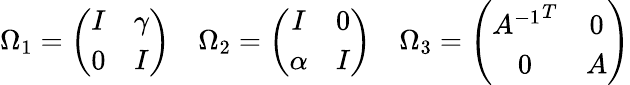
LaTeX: \Omega_{1}=\left(\begin{array}{cc}{{I}}&{{\gamma}}\\ {{0}}&{{I}}\end{array}\right)\quad\Omega_{2}=\left(\begin{array}{cc}{{I}}&{{0}}\\ {{\alpha}}&{{I}}\end{array}\right)\quad\Omega_{3}=\left(\begin{array}{cc}{{{A^{-1}}^{T}}}&{{0}}\\ {{0}}&{{A}}\end{array}\right)